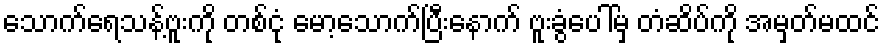
သောက်ရေသန့်ဗူးကို တစ်ငုံ မော့သောက်ပြီးနောက် ဗူးခွံပေါ်မှ တံဆိပ်ကို အမှတ်မထင်